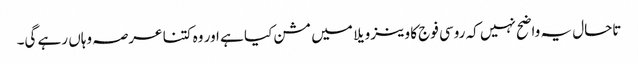
تاحال یہ واضح نہیں کہ روسی فوج کا وینزویلا میں مشن کیا ہے اور وہ کتنا عرصہ وہاں رہے گی۔